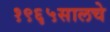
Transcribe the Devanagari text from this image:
१९६५सालचे